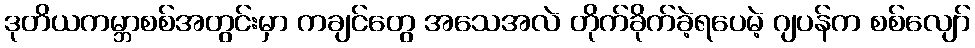
ဒုတိယကမ္ဘာစစ်အတွင်းမှာ ကချင်တွေ အသေအလဲ တိုက်ခိုက်ခဲ့ရပေမဲ့ ဂျပန်က စစ်လျော်